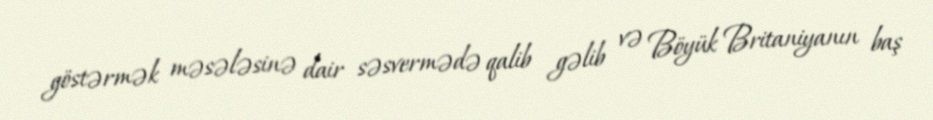
göstərmək məsələsinə dair səsvermədə qalib gəlib və Böyük Britaniyanın baş